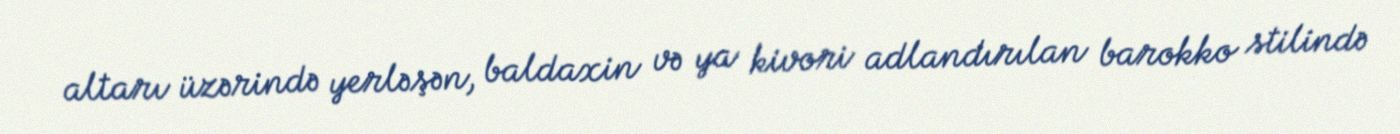
altarı üzərində yerləşən, baldaxin və ya kivori adlandırılan barokko stilində